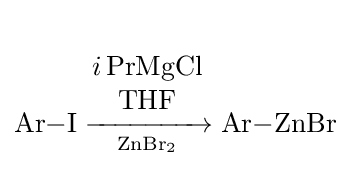
{\begin{matrix}{}\\{\mathrm {Ar} {-}\mathrm {I} {}\mathrel {\xrightarrow[{\mathrm {ZnBr} {\vphantom {A}}_{\smash[{t}]{2}}}]{\begin{matrix}i\,\mathrm {PrMgCl} \\{\text{THF}}\end{matrix}}} {}\mathrm {Ar} {-}\mathrm {ZnBr} }\end{matrix}}